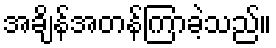
အချိန်အတန်ကြာခဲ့သည်။